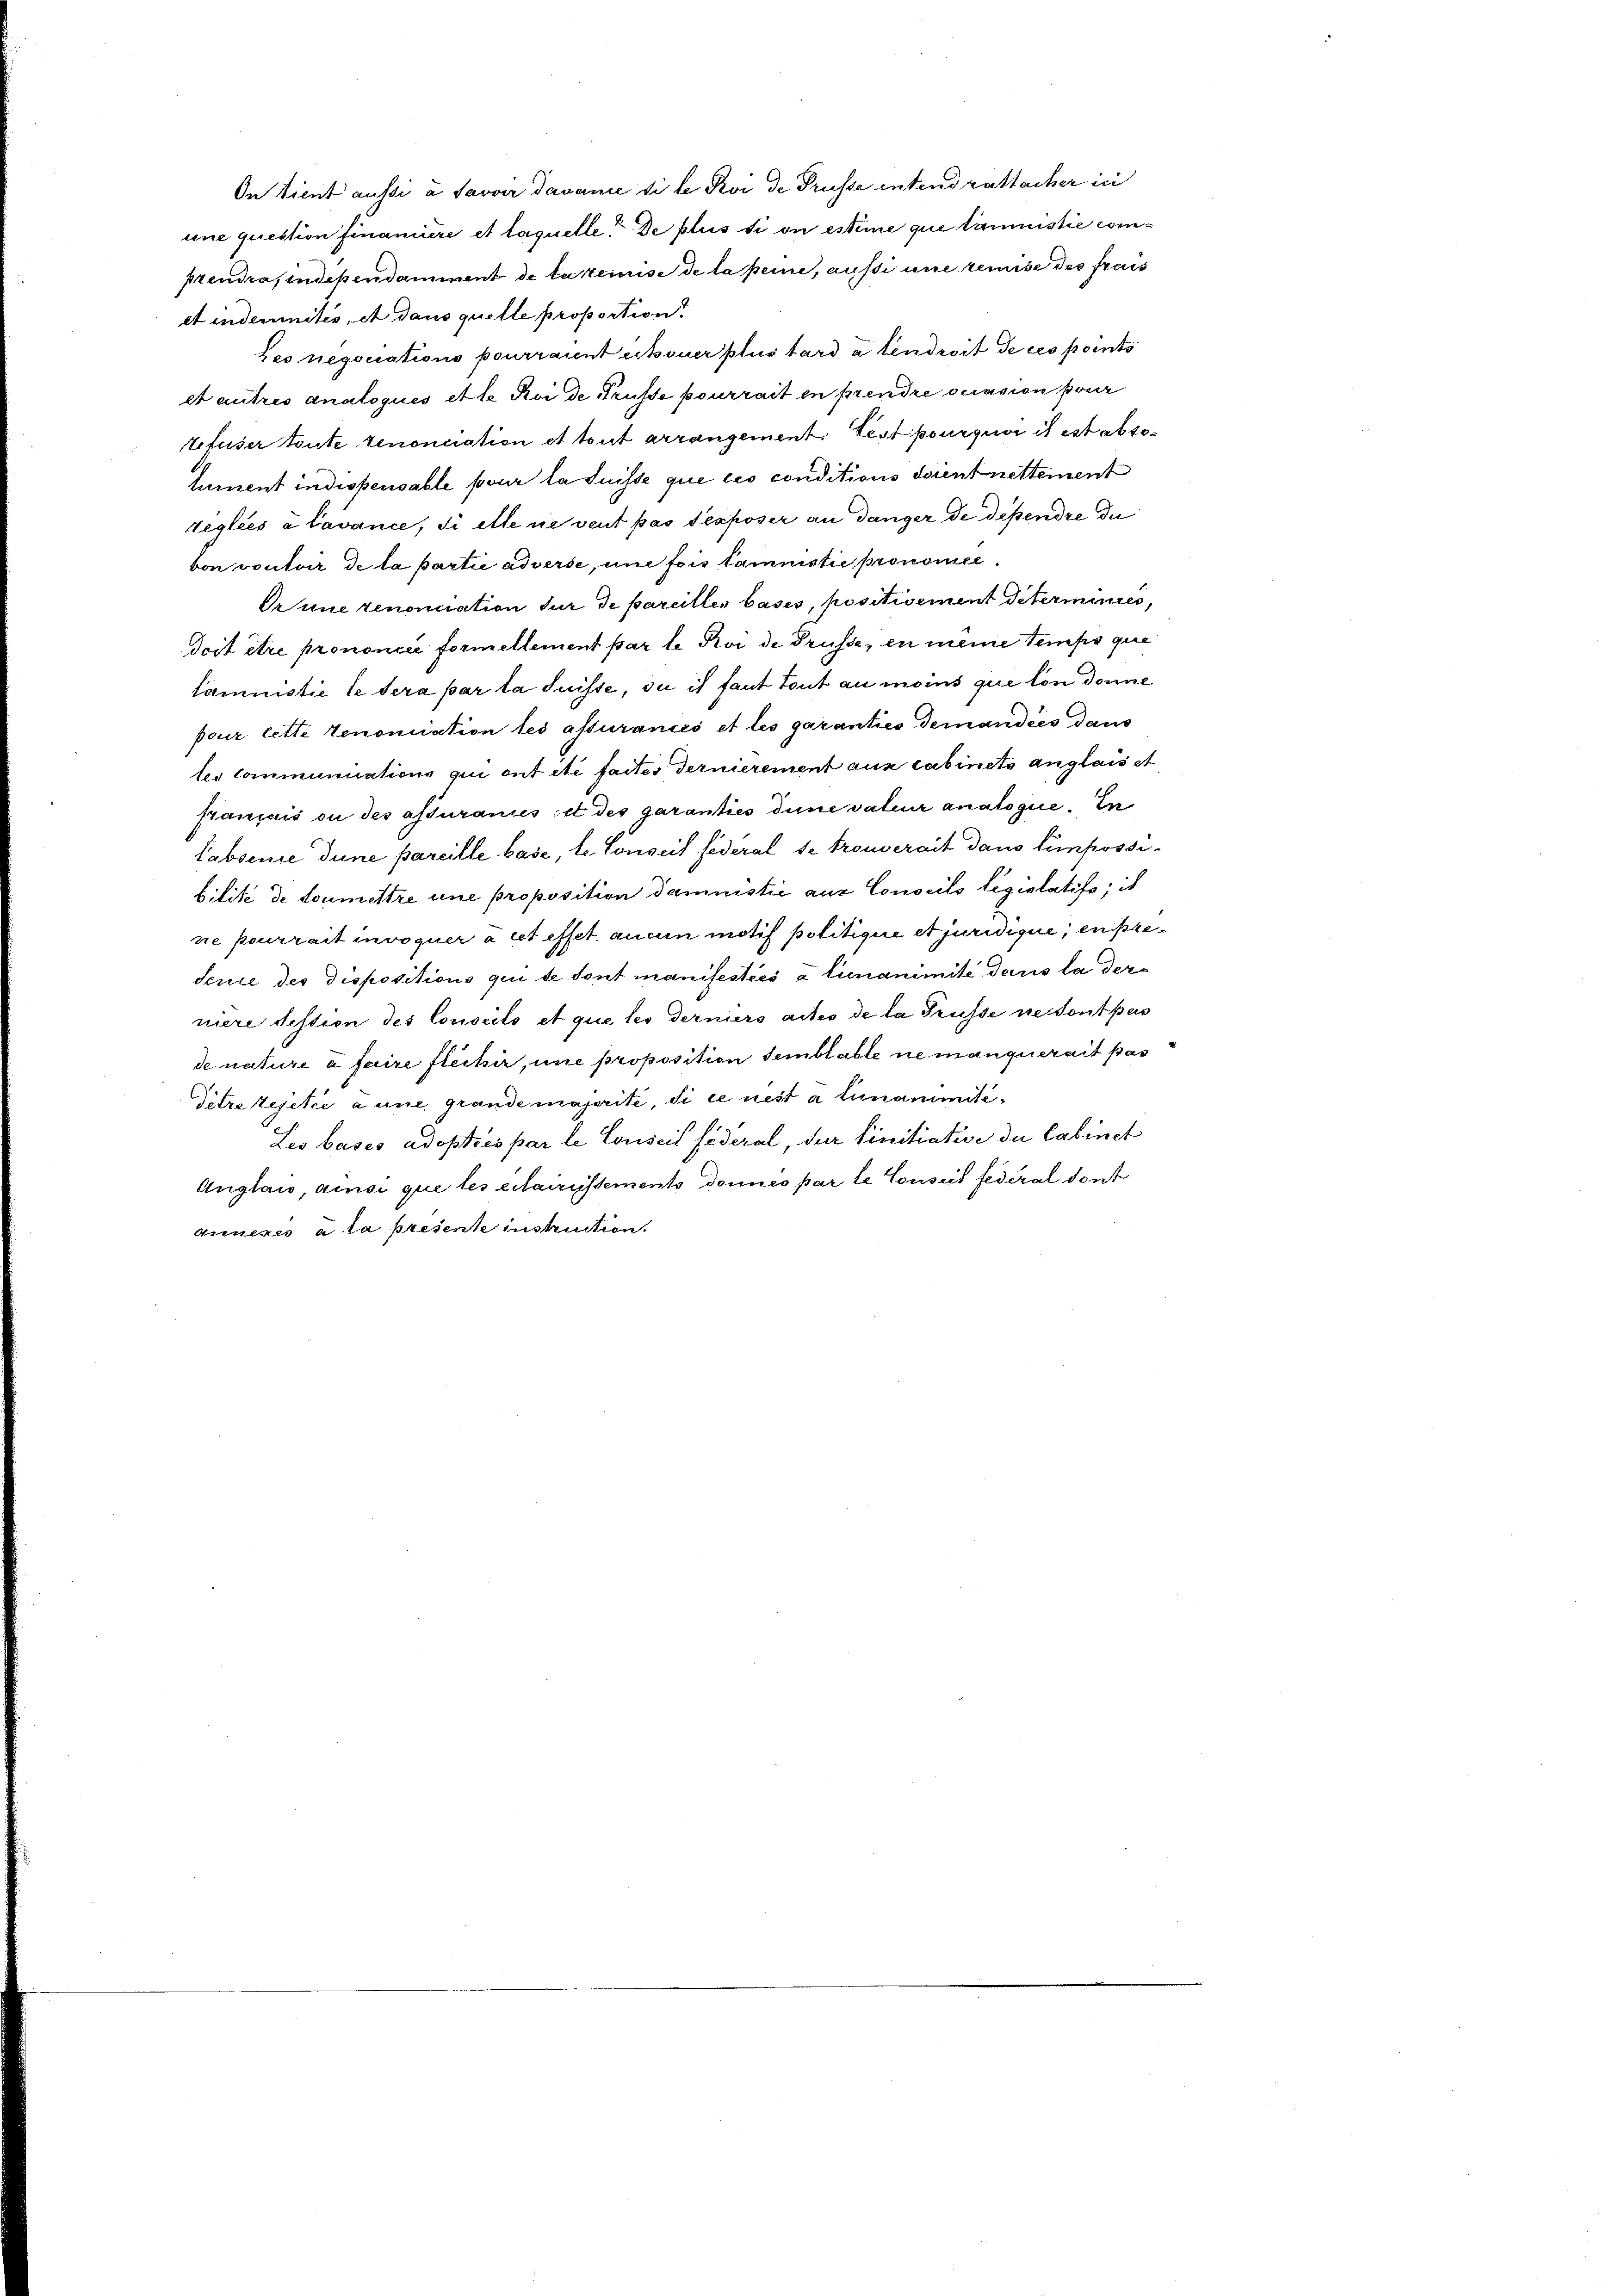
In tient aussi a Savoir davonie si le Koi de Trüsse entend rattacher in
une question finanière et laquelle de plus si on estime que launistie comprendra, independamment de tatemise de la peine, aussi une remise des frais
et indemnités, et dans quelle proportion
Les negouations pourraient erkouer plus tard à tendroit de ces points
et autres anatoqués et le Roi de Trüsse pourrait en prendre cession paar
tefuser toute Senonciation et tout arrangement, Pest pourquoi ist est absolument indispensable pour la Suisse que les conditions dient nettement
Teglées à Cavance, si ette sie veut pas exposer an Gänger de dépendre du
von vontoir de la partie adverse, une fois tamnistie pronomie¬
Prune renonciation fur de pareilles basis, positivement Peterminées,
Scit être prononcée formellement par le Roi de Grüsse, en meine temps que
taministie le sera par la Suisse, du es faut tout au moins que lon donne
pour lette renoniation les assurancs et les garanties demandées dans
tes communications qui ont été faites Ternierement aus Cabinets anglais et
français ou des assurames ist des garanties dene vater analogie. In
Tabsence dune pareille base, le Conseit federal se trouverait dans simpossibilité de soumettre une proposition damnistie aus Conseits législatifs, ist
ne pourrait invoquer à cet effet aucun motif politigire et juridique, en predeute des Dispositions qui de sont manifesties à lunanimité, daris la derniere festion des Conseits et que les derners actes de la Trüsse ne sont pas
de nature à faire fleissir, une proposition semblable ne manquerait pas
Titretesetze anne grande majorité, si ce nest a lunanimiti¬
Les bases adoptés par le Conseil fideral, der finitiation de Cabinet
Auglais, ainsi que les erlairissements donnés par le Conseit federal dont
Generes à la present instruction.